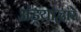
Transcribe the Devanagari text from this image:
अंड्यांद्वारे